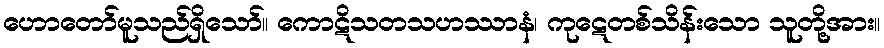
ဟောတော်မူသည်ရှိသော်။ ကောဋိသတသဟဿာနံ၊ ကုဋေတစ်သိန်းသော သူတို့အား။